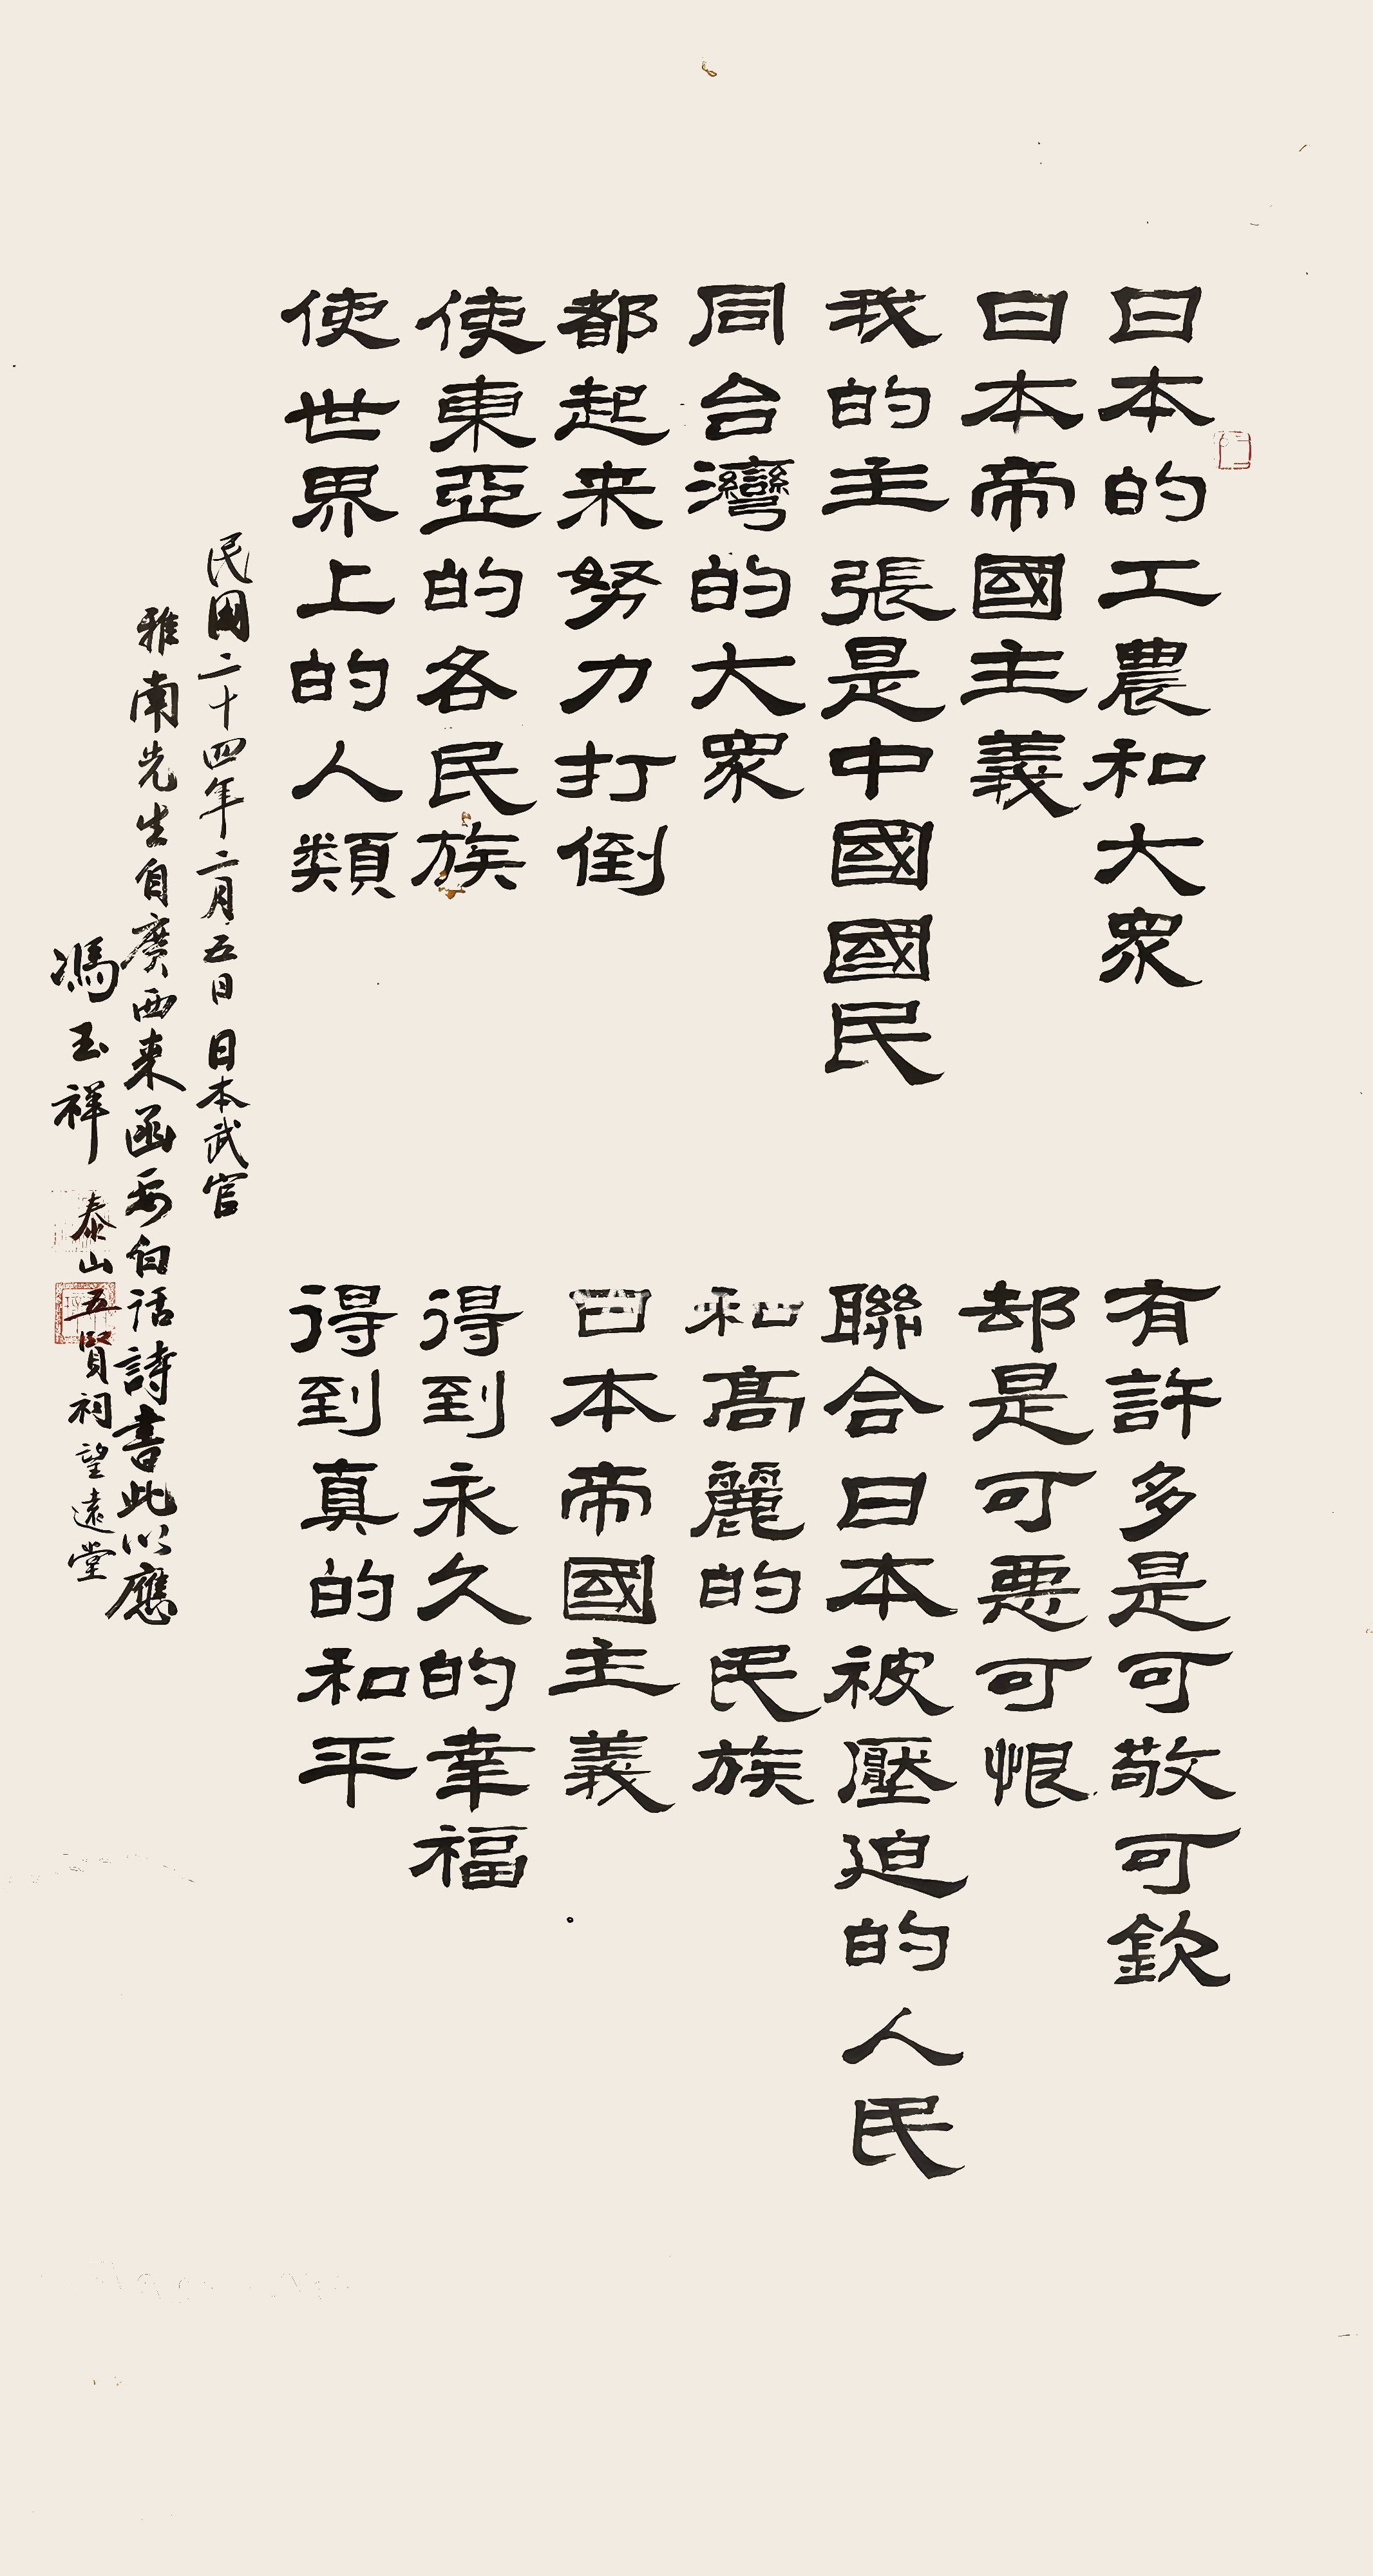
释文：日本的工农和大众，有许多是可敬可钦。日本帝国主义，却是可恶可恨。我的主张是中国国民联合日本被压迫的人民，同台湾的大众和高丽的民族，都起来努力打倒日本帝国主义，使东亚的各民族得到永久的幸福，使世界上的人类得到真的和平。民国二十四年二月五日日本武官雅南先生自广西来函要白话诗，书此以应。冯玉祥泰山五贤祠望远堂。